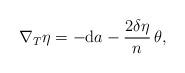
LaTeX: \begin{align*} \nabla _T \eta = - {\rm d} a - \frac{2 \delta \eta}{n} \, \theta, \end{align*}